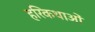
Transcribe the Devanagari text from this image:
हरिकथाओं